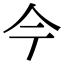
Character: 𫝆